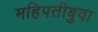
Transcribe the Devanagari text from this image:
महिपतीबुवा